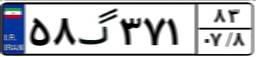
۵۸گ۳۷۱۸۳